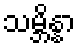
သမ္ဘိန္နာ